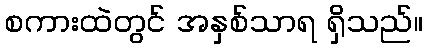
စကားထဲတွင် အနှစ်သာရ ရှိသည်။